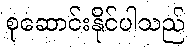
စုဆောင်းနိုင်ပါသည်